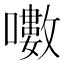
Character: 𡂡